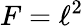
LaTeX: F=\ell^{2}